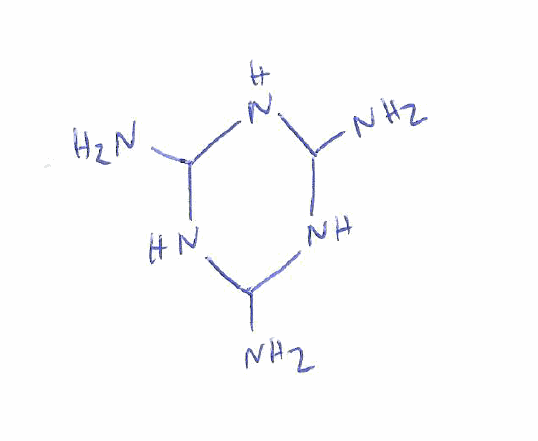
Simplified molecular-input line-entry system (SMILES) notation of the given molecule:
C1(NC(NC(N1)N)N)N